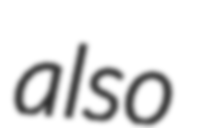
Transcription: also